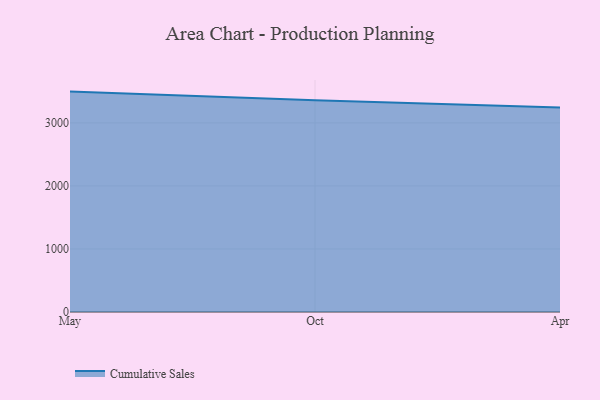
{"axis": {"x": "Month", "y": "Population (Million)"}, "legend": ["Cumulative Sales"], "data": [{"x": "May", "y": 3496.4, "type": "Cumulative Sales"}, {"x": "Oct", "y": 3360.8, "type": "Cumulative Sales"}, {"x": "Apr", "y": 3243.8, "type": "Cumulative Sales"}]}